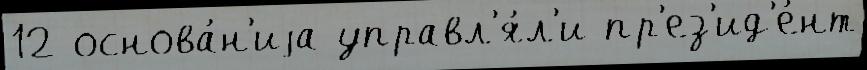
12 основа́н'иjа управл'я́л'и пр'ез'ид'е́нт